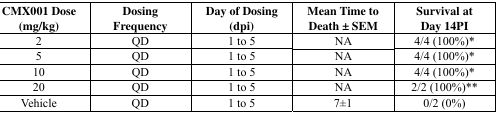
<table><thead><tr><td><b>CMX001 Dose (mg/kg)</b></td><td><b>Dosing Frequency</b></td><td><b>Day of Dosing (dpi)</b></td><td><b>Mean Time to Death ± SEM</b></td><td><b>Survival at Day 14PI</b></td></tr></thead><tbody><tr><td>2</td><td>QD</td><td>1 to 5</td><td>NA</td><td>4/4 (100%)*</td></tr><tr><td>5</td><td>QD</td><td>1 to 5</td><td>NA</td><td>4/4 (100%)*</td></tr><tr><td>10</td><td>QD</td><td>1 to 5</td><td>NA</td><td>4/4 (100%)*</td></tr><tr><td>20</td><td>QD</td><td>1 to 5</td><td>NA</td><td>2/2 (100%)**</td></tr><tr><td>Vehicle</td><td>QD</td><td>1 to 5</td><td>7±1</td><td>0/2 (0%)</td></tr></tbody></table>